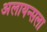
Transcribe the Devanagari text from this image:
अलायन्सला